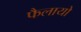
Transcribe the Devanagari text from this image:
फैलायो